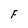
Character: F